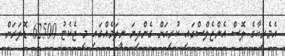
އެމެރިކާގެ ލޮސް އެންޖެލްސްގައި ކުރިއަށް ގެންދިޔަ ނީލަމެއްގައި މި ޖެކެޓު 62500 ޑޮލަރަށް